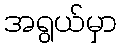
အရွယ်မှာ